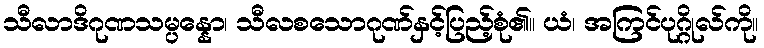
သီလာဒိဂုဏသမ္ပန္နော၊ သီလစသောဂုဏ်နှင့်ပြည့်စုံ၏။ ယံ၊ အကြင်ပုဂ္ဂိုလ်ကို။